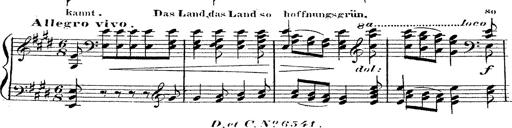
Title: 12 Lieder von Franz Schubert
Composer: Franz Liszt